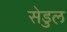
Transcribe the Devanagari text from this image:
सेडुल